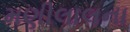
મણીલાલના